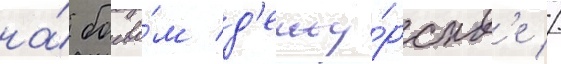
на́ боево́м д'ежу́рств'е //